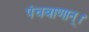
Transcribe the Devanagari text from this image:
पंचबाणान्‌।